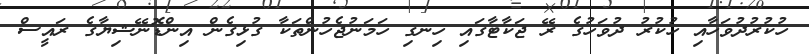
ހުކުރުދުވަހާއި ހުކުރު ދުވަހުގެ ރޭ ޖަކާޓާގައި ހިނގި ހަމަނުޖެހުންތަކާ ގުޅިގެން އިންޑޮނޭޝިޔާގެ ރައީސް